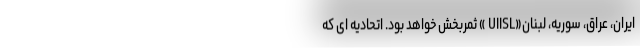
ایران، عراق، سوریه، لبنان«UIISL » ثمربخش خواهد بود. اتحادیه ای که